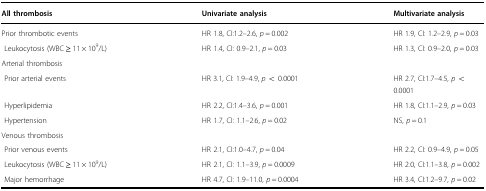
| All thrombosis | Univariate analysis | Multivariate analysis |
 | --- | --- | --- |
 | Prior thrombotic events | HR 1.8, CI:1.2–2.6, p = 0.002 | HR 1.9, CI: 1.2–2.9, p = 0.03 |
 | Leukocytosis (WBC ≥ 11 × 109/L) | HR 1.4, CI: 0.9–2.1, p = 0.03 | HR 1.3, CI: 0.9–2.0, p = 0.03 |
 | Arterial thrombosis |  |  |
 | Prior arterial events | HR 3.1, CI: 1.9–4.9, p < 0.0001 | HR 2.7, CI:1.7–4.5, p < 0.0001 |
 | Hyperlipidemia | HR 2.2, CI:1.4–3.6, p = 0.001 | HR 1.8, CI:1.1–2.9, p = 0.03 |
 | Hypertension | HR 1.7, CI: 1.1–2.6, p = 0.02 | NS, p = 0.1 |
 | Venous thrombosis |  |  |
 | Prior venous events | HR 2.1, CI:1.0–4.7, p = 0.04 | HR 2.2, CI: 0.9–4.9, p = 0.05 |
 | Leukocytosis (WBC ≥ 11 × 109/L) | HR 2.1, CI: 1.1–3.9, p = 0.0009 | HR 2.0, CI:1.1–3.8, p = 0.002 |
 | Major hemorrhage | HR 4.7, CI: 1.9–11.0, p = 0.0004 | HR 3.4, CI:1.2–9.7, p = 0.02 |